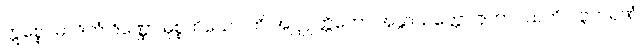
ဣစ္စေဝမာဒိကံ ဇိဏ္ဏော မုစ္စတိယေဝါတိ အဋ္ဌုပ္ပတ္တိကော အနွာသတ္တော ဇုဟာဝယတိ ဂဗ္ဘကရဏံ